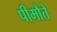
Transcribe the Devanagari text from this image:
पीमौते